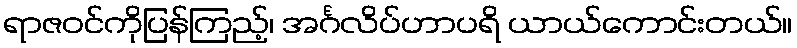
ရာဇဝင်ကိုပြန်ကြည့်၊ အင်္ဂလိပ်ဟာပရိ ယာယ်ကောင်းတယ်။